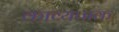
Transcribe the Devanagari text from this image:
काव्यपाक